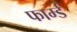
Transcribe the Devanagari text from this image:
फार्म्ड